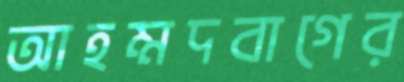
আহম্মদবাগের